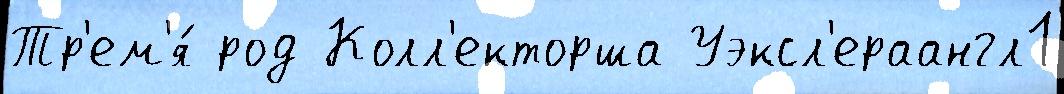
Тр'ем'я́ род Колл'екторша Уэксл'ераангл1